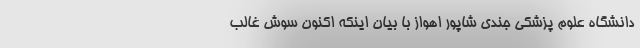
دانشگاه علوم پزشکی جندی شاپور اهواز با بیان اینکه اکنون سوش غالب